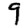
Digit: 9